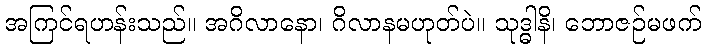
အကြင်ရဟန်းသည်။ အဂိလာနော၊ ဂိလာနမဟုတ်ပဲ။ သုဒ္ဓါနိ၊ ဘောဇဉ်မဖက်